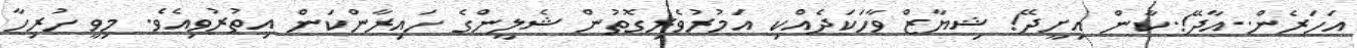
އަހަރެން..އާދޭ!.ކާން އިށީދޭ! ޝިޔާޒް ވާހަކަދެއްކި އަމުރުވެރިގޮތުން ޝެލީންގެ ހައިރާންކަން އިތުރުވިއެވެ. މިވީ ހުރިހާ